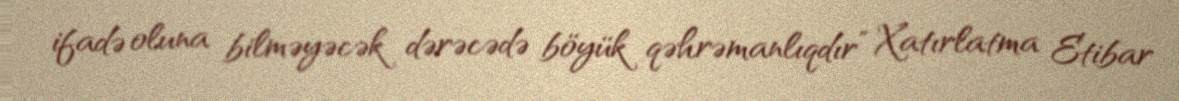
ifadə oluna bilməyəcək dərəcədə böyük qəhrəmanlıqdır” Xatırlatma Etibar